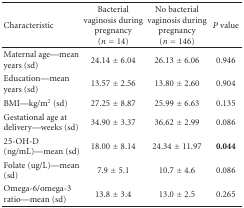
<table><thead><tr><td><b> Characteristic</b></td><td><b>Bacterial vaginosis during pregnancy (<i>n</i> = 14)</b></td><td><b>No bacterial vaginosis during pregnancy (<i>n</i> = 146)</b></td><td><b><i>P</i> value</b></td></tr></thead><tbody><tr><td> Maternal age—mean years (sd)</td><td> 24.14 ± 6.04</td><td> 26.13 ± 6.06</td><td> 0.946</td></tr><tr><td> Education—mean years (sd)</td><td> 13.57 ± 2.56</td><td> 13.80 ± 2.60</td><td> 0.904</td></tr><tr><td> BMI—kg/m<sup>2</sup> (sd)</td><td> 27.25 ± 8.87</td><td> 25.99 ± 6.63</td><td> 0.135</td></tr><tr><td> Gestational age at delivery—weeks (sd)</td><td> 34.90 ± 3.37</td><td> 36.62 ± 2.99</td><td> 0.086</td></tr><tr><td> 25-OH-D (ng/mL)—mean (sd)</td><td> 18.00 ± 8.14</td><td> 24.34 ± 11.97</td><td><b>0.044</b></td></tr><tr><td>Folate (ug/L)—mean (sd)</td><td> 7.9 ± 5.1</td><td> 10.7 ± 4.6</td><td> 0.086</td></tr><tr><td> Omega-6/omega-3 ratio—mean (sd)</td><td> 13.8 ± 3.4</td><td> 13.0 ± 2.5</td><td> 0.265</td></tr></tbody></table>